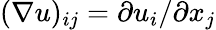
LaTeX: (\nabla u)_{ij}=\partial u_{i}/\partial x_{j}